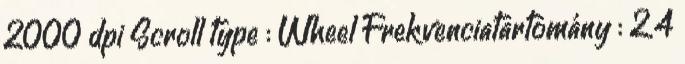
2000 dpi Scroll type : Wheel Frekvenciatartomány : 2.4